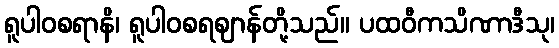
ရူပါဝစရာနိ၊ ရူပါဝစရဈာန်တို့သည်။ ပထဝီကသိဏာဒီသု၊